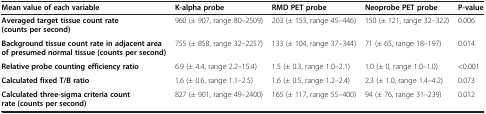
<table><thead><tr><td><b>Mean value of each variable</b></td><td><b>K-alpha probe</b></td><td><b>RMD PET probe</b></td><td><b>Neoprobe PET probe</b></td><td><b>P-value</b></td></tr></thead><tbody><tr><td><b>Averaged target tissue count rate (counts per second)</b></td><td>960 (± 907, range 80–2509)</td><td>203 (± 153, range 45–446)</td><td>150 (± 121, range 32–322)</td><td>0.006</td></tr><tr><td><b>Background tissue count rate in adjacent area of presumed normal tissue (counts per second)</b></td><td>755 (± 858, range 32–2257)</td><td>133 (± 104, range 37–344)</td><td>71 (± 65, range 18–197)</td><td>0.014</td></tr><tr><td><b>Relative probe counting efficiency ratio</b></td><td>6.9 (± 4.4, range 2.2–15.4)</td><td>1.5 (± 0.3, range 1.0–2.1)</td><td>1.0 (± 0, range 1.0–1.0)</td><td>&lt;0.001</td></tr><tr><td><b>Calculated fixed T/B ratio</b></td><td>1.6 (± 0.6, range 1.1–2.5)</td><td>1.6 (± 0.5, range 1.2–2.4)</td><td>2.3 (± 1.0, range 1.4–4.2)</td><td>0.073</td></tr><tr><td><b>Calculated three-sigma criteria count rate (counts per second)</b></td><td>827 (± 901, range 49–2400)</td><td>165 (± 117, range 55–400)</td><td>94 (± 76, range 31–239)</td><td>0.012</td></tr></tbody></table>